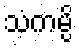
သံကမ္ပိ